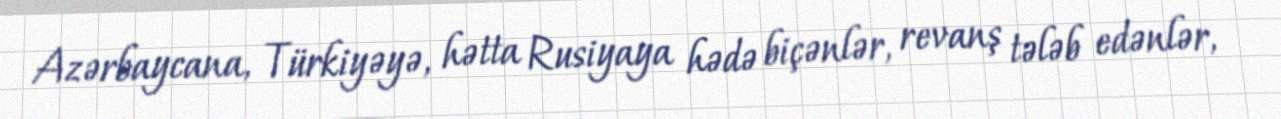
Azərbaycana, Türkiyəyə, hətta Rusiyaya hədə biçənlər, revanş tələb edənlər,